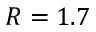
R = 1 . 7